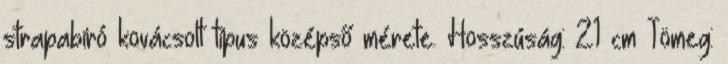
strapabíró kovácsolt típus középső mérete. Hosszúság: 21 cm Tömeg: